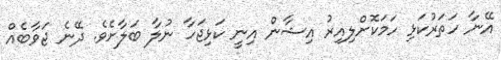
އޭނާ ހަތަރުކަޅި ހަމަކޮށްލިއިރު އިޝާން އިނީ ކަޅިޖަހާ ނުލާ ބަލާށެވެ. ދޭނެ ޖަވާބެއް